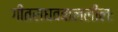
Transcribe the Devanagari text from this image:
गीतराघवबाललीलः